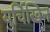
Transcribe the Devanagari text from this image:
युर्चिखिन